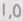
1.5